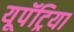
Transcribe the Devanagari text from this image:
यूपॅट्रिया